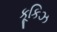
કૂકિઝ